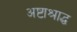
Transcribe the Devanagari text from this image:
अष्टाश्राद्ध